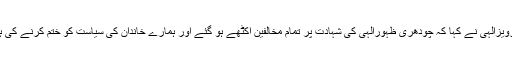
تفصیلات کے مطابق گجرات میں ظہورالٰہی شہید کی برسی سے خطاب کرتے ہوئے چودھری پرویزالٰہی نے کہا کہ چودھری ظہورالٰہی کی شہادت پر تمام مخالفین اکٹھے ہو گئے اور ہمارے خاندان کی سیاست کو ختم کرنے کی ہر ممکن کوشش کی مگر اس مقصد میں ناکام رہے جس کا ثبوت آپ سب کی یہاں موجودگی ہے۔